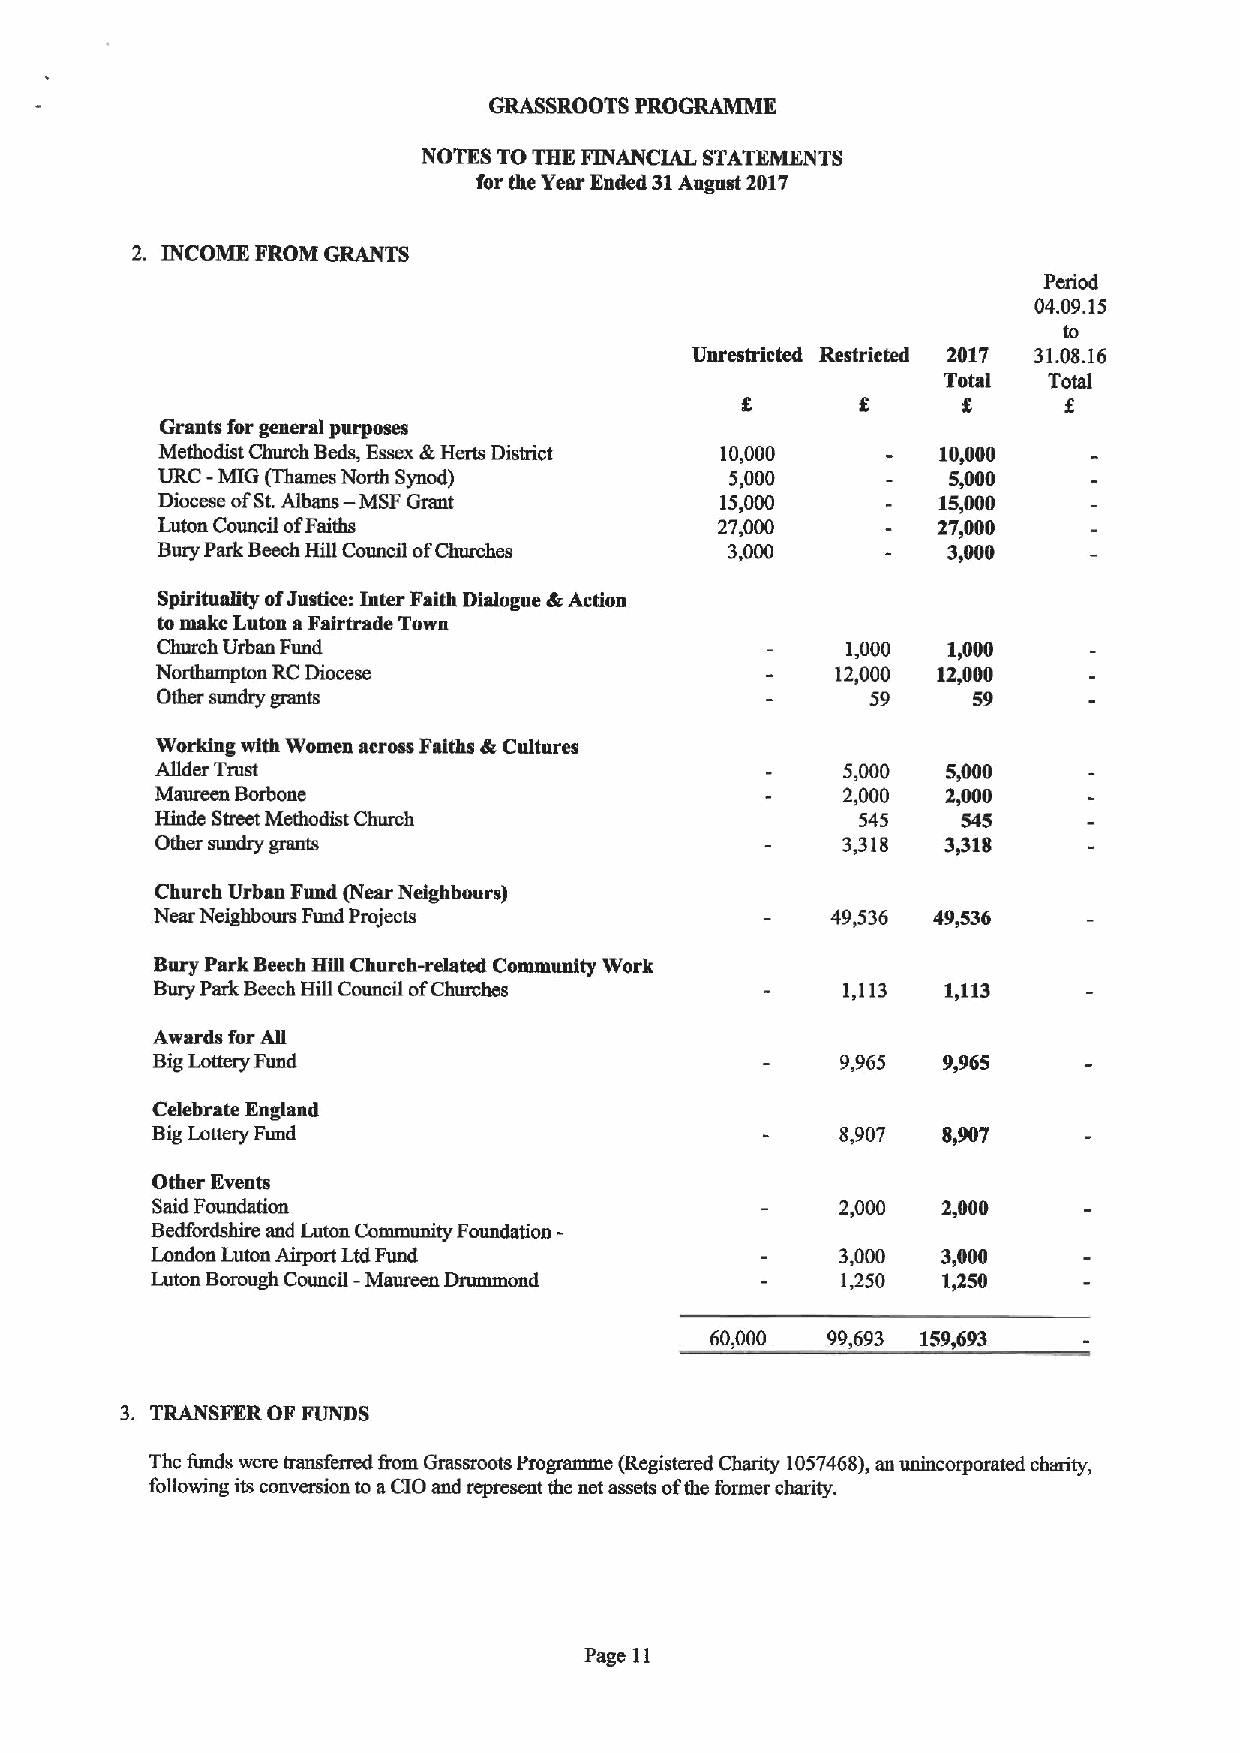
GRASSROOTS PROGRAMME
 NOTES TOTHE FINANCIAL STATEMENTS
 for the Year Ended 31Augast 2017
 2. INCOME FROM GRANTS
 Period
 04.09.15
 Unrestricted Restricted 2017 31.08.16
 Total  Total
 8
 Grants for general purposes
 Methodist Church Beds, Essex &Herts District 10,000 10,000
 -
 URC MIG (Thames North Synod)          5,000          5,000
 Diocese ofSt.Albans — MSF Grant       15,000        15,000
 Luton Council ofFaiths                27,000        27,000
 Bury Park BeechHill Council ofChmches 3,000          3,000
 Spirituality ofJustice: Inter Faith Dialogue &Action
 tomake Luton a Fairtrade Town
 Church Urban Fund                             1,000  15000
 Northamptou RCDiocese                        12,000 12,000
 Other sundry grants                             59    59
 Working with Women across Faiths &Cultures
 ABder Trust                                   5,000  5,000
 Mamuen Borbone                                2,000  2,000
 Hinde Street Methodist Church                  545    545
 Other sundry grants                           3,318  3,318
 Church Urban Fund (Near Neighbours)
 Near Neighbours Fund Projects                49,536 49,536
 Bury Park Beech Hill Church-related Community Work
 Bury Park Beech Hill Council ofChurches       1,113  L113
 Awards for Ag
 BigLottery Fund                               9,965 9,965
 Celebrate England
 BigLottery Fund                               8,907 8,907
 Other Events
 Said Foundation                               2,000 2,000
 Bedfordshire and Luton Community Foundation-
 London Luton Airport Ltd Fund                 3,000 3,000
 Luton Borough Council - Maureen Dnunmond      1,250 1850
 60,000  99,693 159,693
 3. TRANSFER OF FUNDS
 The funds were trausfemd fmm Grassroots Pmgramme (Registered Ctuuity 1057468),an unincorporated charity,
 following its conversion to aCIO and represent the net assets ofthe former charity.
 Page 11